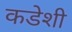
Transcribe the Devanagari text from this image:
कडेशी